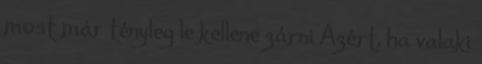
most már tényleg le kellene zárni Azért, ha valaki